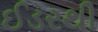
ઈડરથી